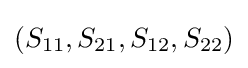
(S_{11},S_{21},S_{12},S_{22})